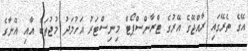
އޭގެ ތެރޭގައި ރާއްޖޭގެ އޭރުގެ ޓްރާންސްޕޯޓް މިނިސްޓަރު އަހުމަދު މުޖުތަބާ އާއި އޭނާގެ